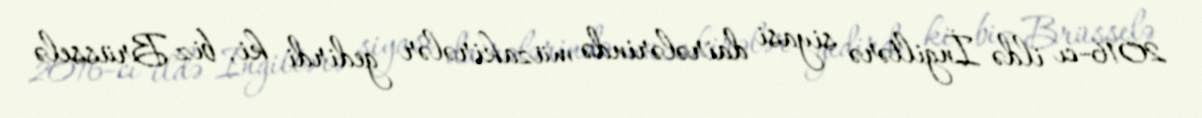
2016-cı ildə İngiltərə siyasi dairələrində müzakirələr gedirdi ki, biz Brüsselə